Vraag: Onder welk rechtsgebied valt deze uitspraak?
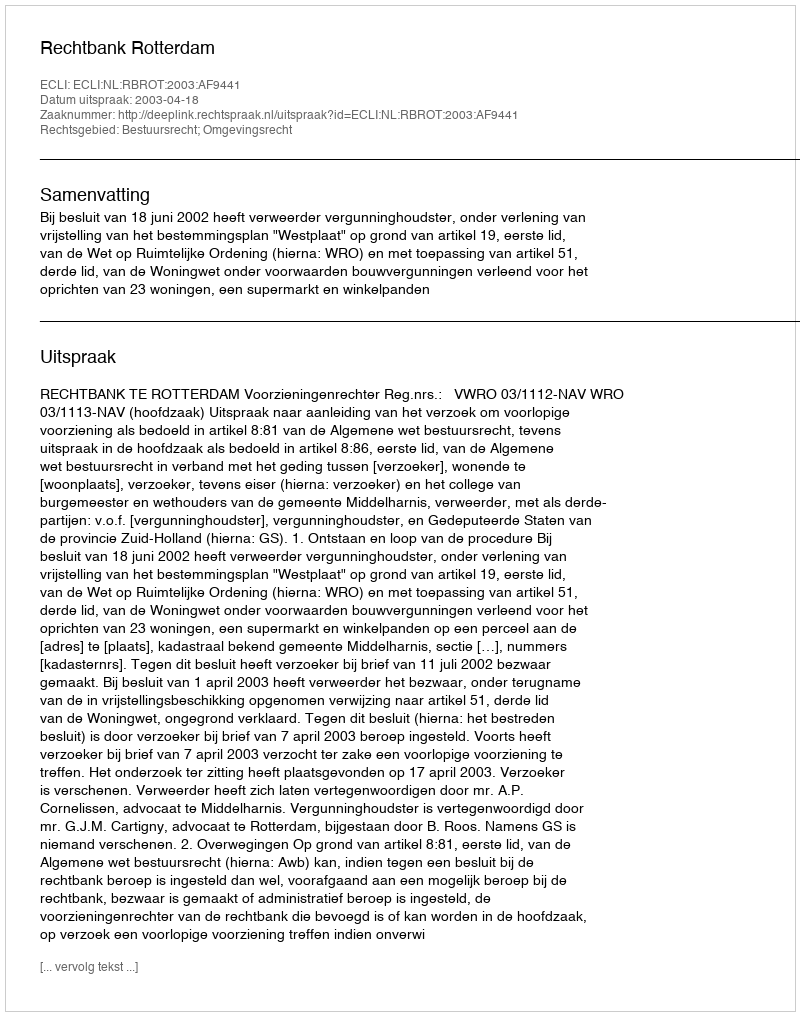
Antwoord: Bestuursrecht; Omgevingsrecht